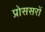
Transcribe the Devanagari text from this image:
प्रोससरों